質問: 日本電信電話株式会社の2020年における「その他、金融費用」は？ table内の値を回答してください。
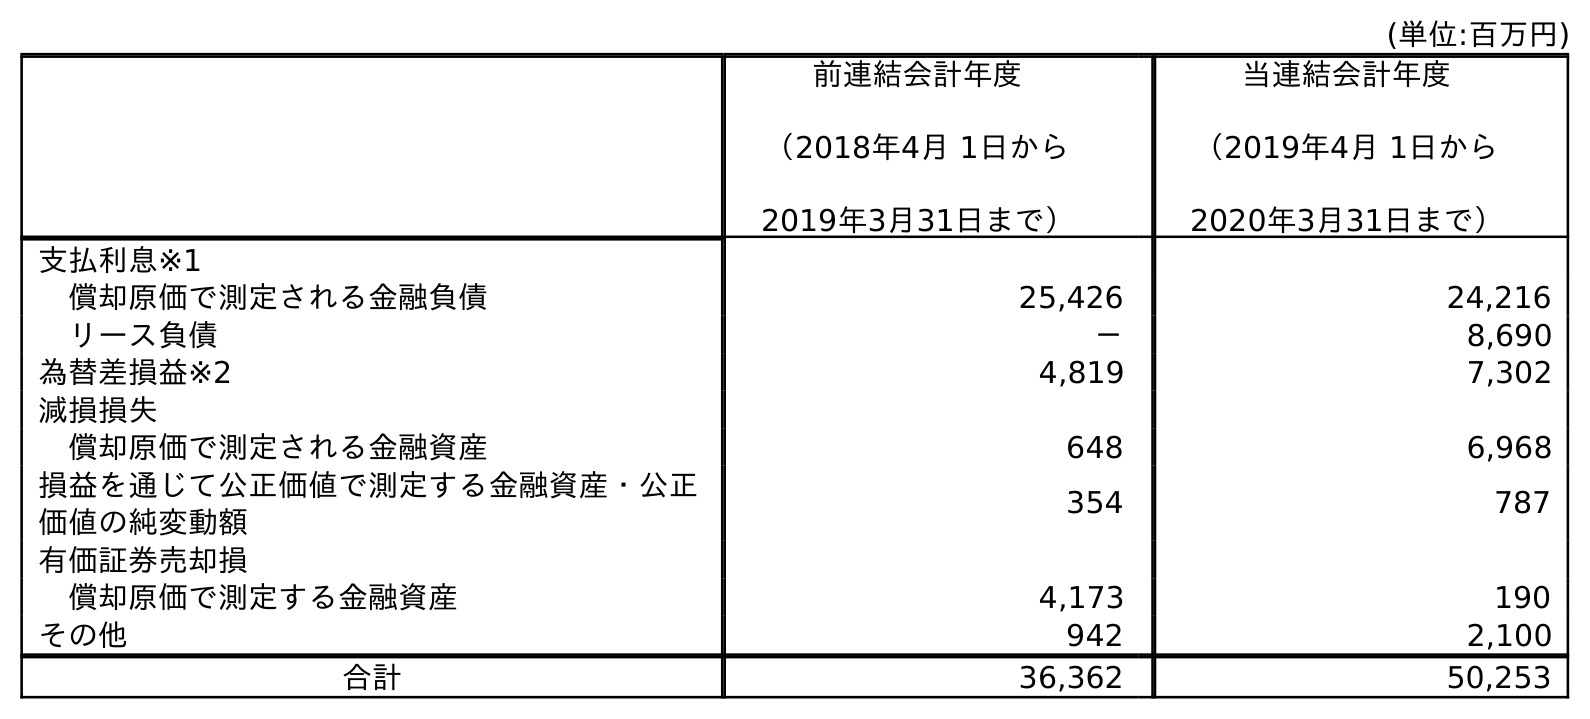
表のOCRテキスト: (単位:百万円) 前連結会計年度 （2018年4月 1日から 2019年3月31日まで） 当連結会計年度 （2019年4月 1日から 2020年3月31日まで） 支払利息※1 償却原価で測定される金融負債 25,426 24,216 リース負債 － 8,690 為替差損益※2 4,819 7,302 減損損失 償却原価で測定される金融資産 648 6,968 損益を通じて公正価値で測定する金融資産・公正 価値の純変動額 354 787 有価証券売却損 償却原価で測定する金融資産 4,173 190 その他 942 2,100 合計 36,362 50,253
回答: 2,100